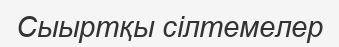
Сыыртқы сілтемелер